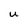
Character: U